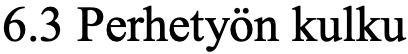
6.3 Perhetyön kulku